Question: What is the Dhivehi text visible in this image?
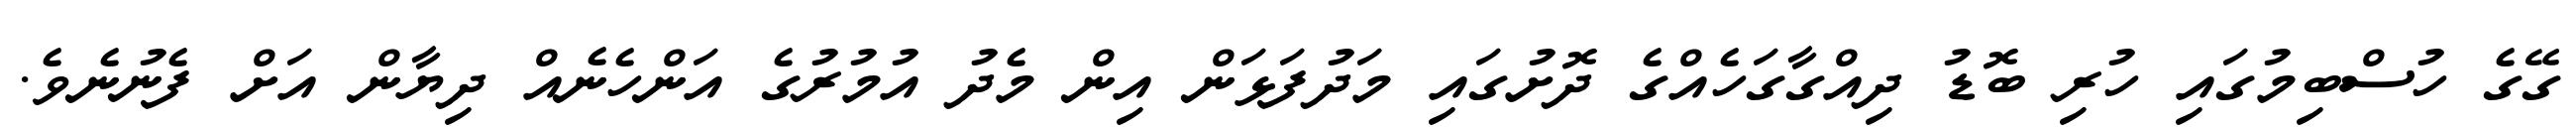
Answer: ގޭގެ ހުސްބިމުގައި ހުރި ބޮޑު ދިއްގާގަހެއްގެ ދޮށުގައި މަދުފަޅަން އިން މެދު އުމުރުގެ އަންހެނެއް ދިޔާން އަށް ފެނުނެވެ.